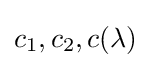
c_{1},c_{2},c(\lambda )